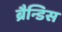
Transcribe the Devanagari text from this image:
ब्रैन्डिस